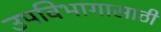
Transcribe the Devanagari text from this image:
उपविभागासाठी